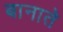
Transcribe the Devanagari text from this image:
बानाते